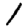
Digit: 1